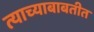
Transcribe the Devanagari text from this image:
त्याच्याबाबतीत